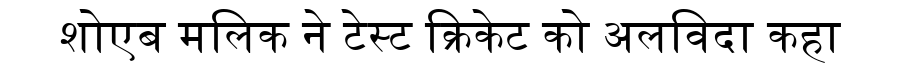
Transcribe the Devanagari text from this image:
शोएब मलिक ने टेस्ट क्रिकेट को अलविदा कहा